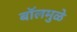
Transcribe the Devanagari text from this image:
बॉलमुळे